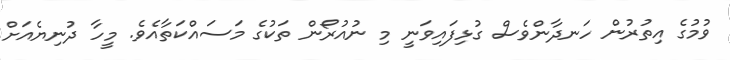
ވުމުގެ އިތުރުން ހަނދާންވެސް ގުޅިފައިވަނީ މި ނުއުރޯން ތަކުގެ މަސައްކަތާއެވެ. މީހާ ދުނިޔެއަށް